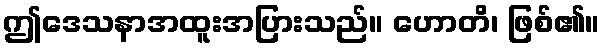
ဤဒေသနာအထူးအပြားသည်။ ဟောတိ၊ ဖြစ်၏။